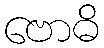
ဗောဓိ